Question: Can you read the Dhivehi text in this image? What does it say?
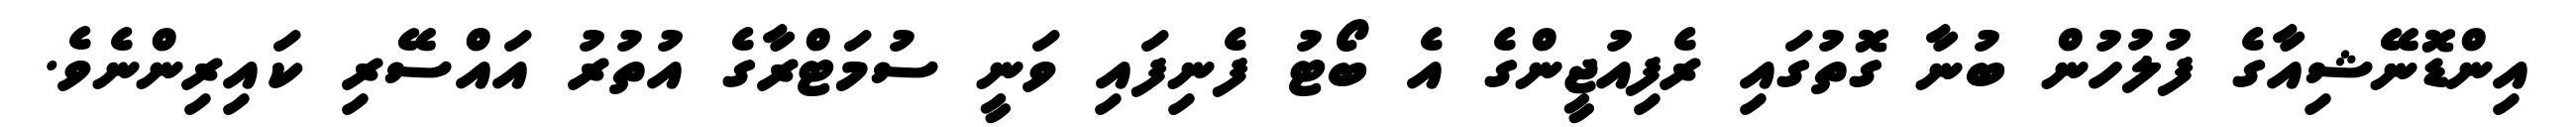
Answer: އިންޑޮނޭޝިއާގެ ފުލުހުން ބުނާ ގޮތުގައި ރެފިއުޖީންގެ އެ ބޯޓު ފެނިފައި ވަނީ ސުމަޓްރާގެ އުތުރު އައްސޭރި ކައިރިންނެވެ.